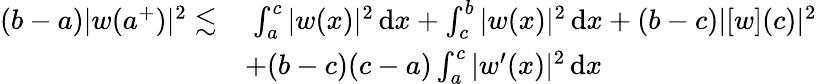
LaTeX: \begin{array}{rl}{(b-a)|w(a^{+})|^{2}\lesssim}&{\; \int_{a}^{c}|w(x)|^{2}\, \mathrm{d}x+\int_{c}^{b}|w(x)|^{2}\, \mathrm{d}x+(b-c)|[w](c)|^{2}}\\ &{+(b-c)(c-a)\int_{a}^{c}|w^{\prime}(x)|^{2}\, \mathrm{d}x}\end{array}